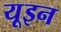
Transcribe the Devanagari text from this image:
यूइन